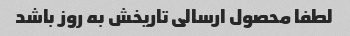
لطفا محصول ارسالی تاریخش به روز باشد